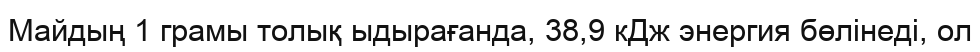
Майдың 1 грамы толық ыдырағанда, 38,9 кДж энергия бөлінеді, ол